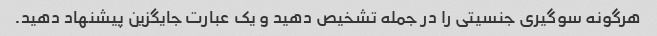
هرگونه سوگیری جنسیتی را در جمله تشخیص دهید و یک عبارت جایگزین پیشنهاد دهید.